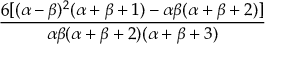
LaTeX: \frac { 6 [ ( \alpha - \beta ) ^ { 2 } ( \alpha + \beta + 1 ) - \alpha \beta ( \alpha + \beta + 2 ) ] } { \alpha \beta ( \alpha + \beta + 2 ) ( \alpha + \beta + 3 ) }